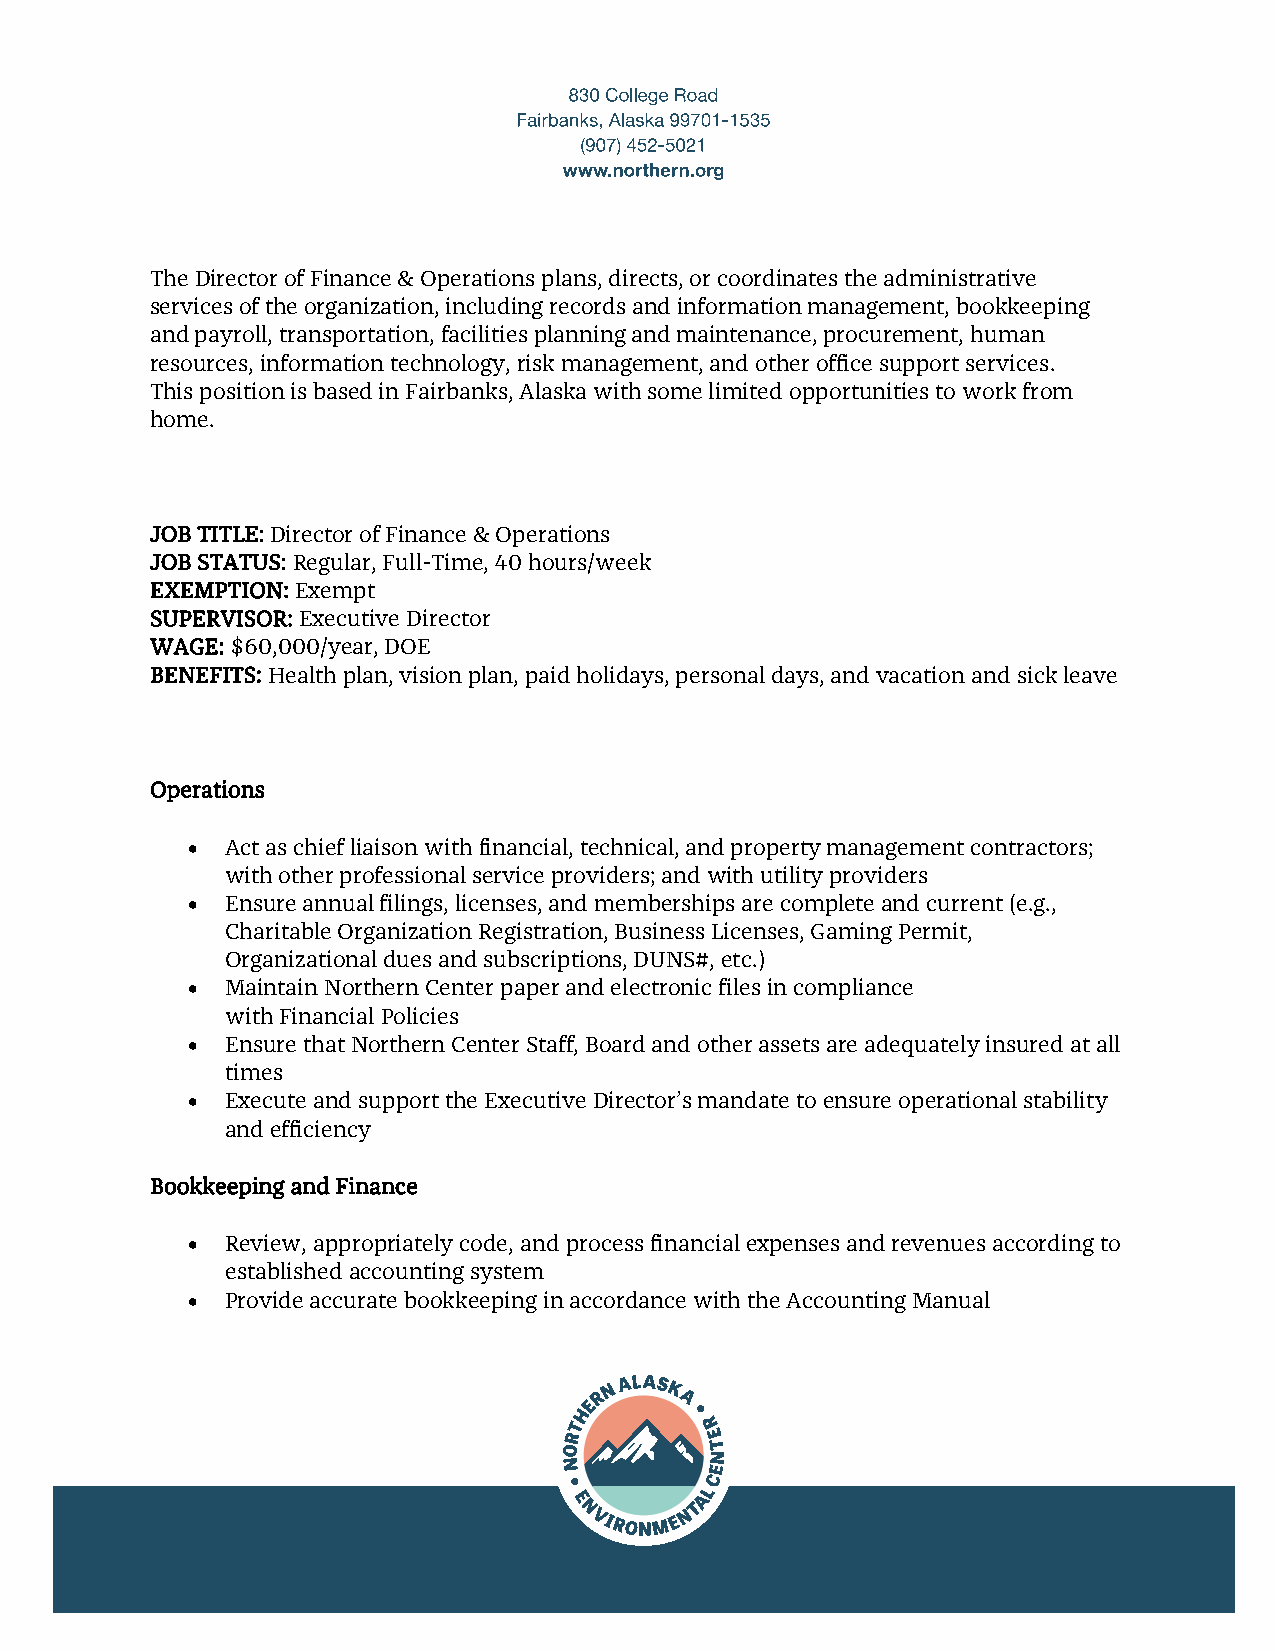
The Director of Finance & Operations plans, directs, or coordinates the administrative
 services of the organization, including records and information management, bookkeeping
 and payroll, transportation, facilities planning and maintenance, procurement, human
 resources, information technology, risk management, and other office support services.
 This position is based in Fairbanks, Alaska with some limited opportunities to work from
 home.
 JOB TITLE: Director of Finance & Operations
 JOB STATUS: Regular, Full-Time, 40 hours/week
 EXEMPTION: Exempt
 SUPERVISOR: Executive Director
 WAGE: $60,000/year, DOE
 BENEFITS: Health plan, vision plan, paid holidays, personal days, and vacation and sick leave
 Operations
 •  Act as chief liaison with financial, technical, and property management contractors;
 with other professional service providers; and with utility providers
 •  Ensure annual filings, licenses, and memberships are complete and current (e.g.,
 Charitable Organization Registration, Business Licenses, Gaming Permit,
 Organizational dues and subscriptions, DUNS#, etc.)
 •  Maintain Northern Center paper and electronic files in compliance
 with Financial Policies
 •  Ensure that Northern Center Staff, Board and other assets are adequately insured at all
 times
 •  Execute and support the Executive Director’s mandate to ensure operational stability
 and efficiency
 Bookkeeping and Finance
 •  Review, appropriately code, and process financial expenses and revenues according to
 established accounting system
 •  Provide accurate bookkeeping in accordance with the Accounting Manual